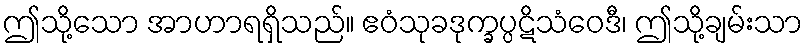
ဤသို့သော အာဟာရရှိသည်။ ဧဝံသုခဒုက္ခပ္ပဋိသံဝေဒီ၊ ဤသို့ချမ်းသာ